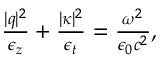
\begin{array} { r } { \frac { | { \boldsymbol q } | ^ { 2 } } { \epsilon _ { z } } + \frac { | { \boldsymbol \kappa } | ^ { 2 } } { \epsilon _ { t } } = \frac { \omega ^ { 2 } } { \epsilon _ { 0 } c ^ { 2 } } , } \end{array}